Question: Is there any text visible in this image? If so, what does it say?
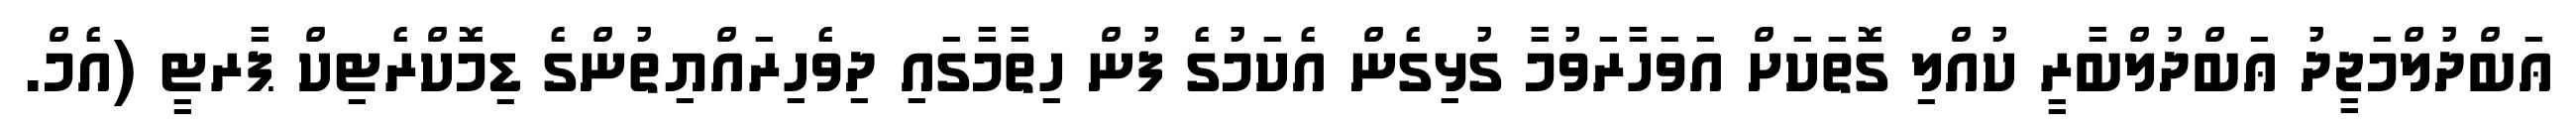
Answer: ޢަބްދުލްމަޖީދު ޢަބްދުލްބާރީ ކުއްލި ގޮތަކަށް އަވަހާރަވުމާ ގުޅިގެން އެކަމުގެ ފުން ހިތާމާގައި ދިވެހިރައްޔިތުންގެ ޑިމޮކްރެޓިކް ޕާރޓީ (އެމް.